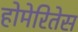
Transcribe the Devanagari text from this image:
होमेरितेस